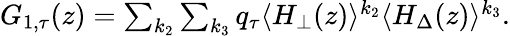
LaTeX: \begin{array}{r}{G_{1,\tau}(z)=\sum_{k_{2}}\sum_{k_{3}}q_{\tau}\langle H_{\bot}(z)\rangle^{k_{2}}\langle H_{\Delta}(z)\rangle^{k_{3}}.}\end{array}